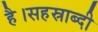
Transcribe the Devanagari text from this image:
है।सहस्राब्दी